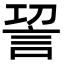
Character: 𮗿